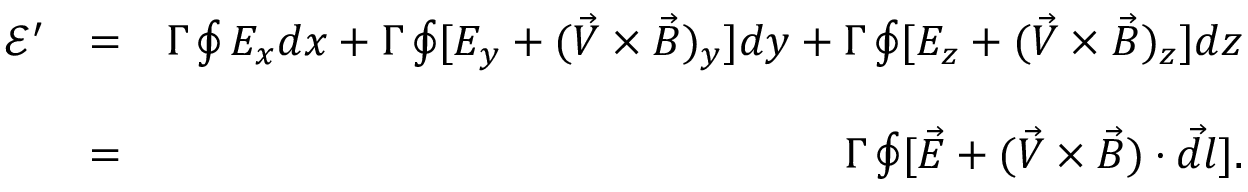
\begin{array} { r l r } { \mathcal E ^ { \prime } } & { = } & { \Gamma \oint E _ { x } d x + \Gamma \oint [ E _ { y } + ( \vec { V } \times \vec { B } ) _ { y } ] d y + \Gamma \oint [ E _ { z } + ( \vec { V } \times \vec { B } ) _ { z } ] d z } \\ & { } & \\ & { = } & { \Gamma \oint [ \vec { E } + ( \vec { V } \times \vec { B } ) \cdot \vec { d l } ] . } \end{array}